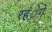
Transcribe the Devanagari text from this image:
रहंेगे